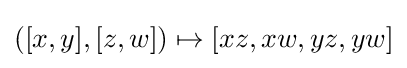
([x,y],[z,w])\mapsto [xz,xw,yz,yw]